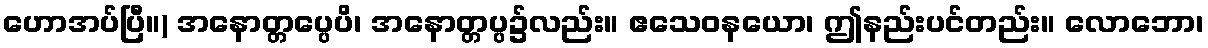
ဟောအပ်ပြီ။) အနောတ္တပ္ပေပိ၊ အနောတ္တပ္ပ၌လည်း။ ဧသေဝနယော၊ ဤနည်းပင်တည်း။ လောဘော၊